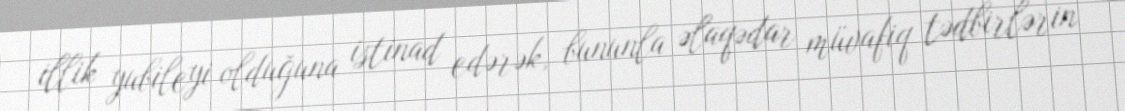
illik yubileyi olduğuna istinad edərək, bununla əlaqədar müvafiq tədbirlərin